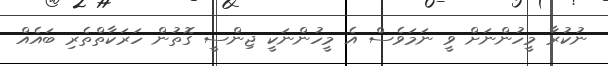
ނުކުރާ މީހުންނަށް ވީ ނަމަވެސް އެ މީހުންނަކީ ޖިންސީ ގޮތުން ހަރަކާތްތެރި ބައެއް